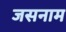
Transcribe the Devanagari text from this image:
जसनाम